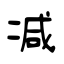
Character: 减